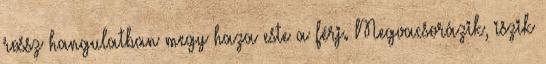
rossz hangulatban megy haza este a férj. Megvacsorázik, iszik